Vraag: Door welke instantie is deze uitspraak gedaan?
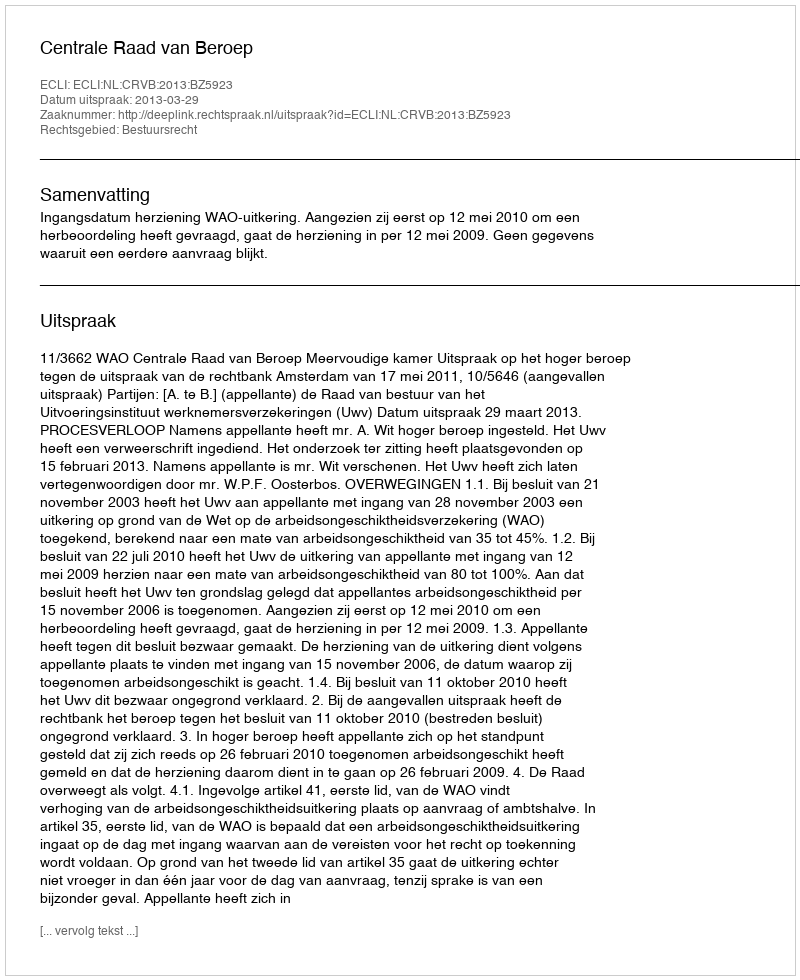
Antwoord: Centrale Raad van Beroep